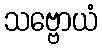
သဗ္ဗောယံ